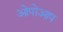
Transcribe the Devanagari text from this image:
ओपोआप